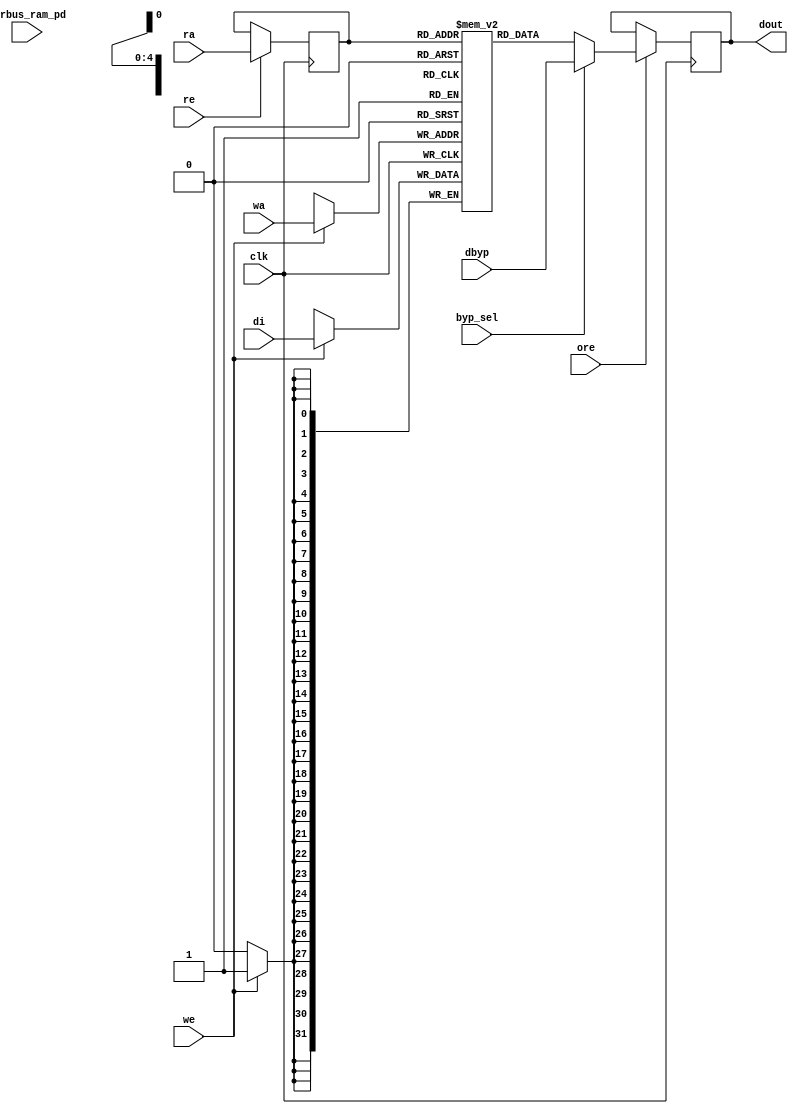

module nv_ram_rwsthp_19x32 ( 
		clk,
		ra,
		re,
		ore,
		dout,
		wa,
		we,
		di,
		byp_sel,
		dbyp,
		pwrbus_ram_pd
);

parameter FORCE_CONTENTION_ASSERTION_RESET_ACTIVE=1'b0;

// port list
input			clk;
input	[4:0]	ra;
input			re;
input			ore;
output	[31:0]	dout;
input	[4:0]	wa;
input			we;
input	[31:0]	di;
input			byp_sel;
input	[31:0]	dbyp;
input	[31:0]	pwrbus_ram_pd;

//reg and wire list
reg		[4:0]	ra_d;
wire	[31:0]	dout;
reg		[31:0]	M	[18:0];

always @( posedge clk ) begin
    if (we)
       M[wa] <= di;
end
 
always @( posedge clk ) begin
    if (re) 
       ra_d <= ra;
end

wire	[31:0]	dout_ram = M[ra_d];

wire	[31:0]	fbypass_dout_ram = (byp_sel ? dbyp : dout_ram);

reg		[31:0]	dout_r;
always @( posedge clk ) begin
   if (ore)
       dout_r <= fbypass_dout_ram;
end

assign dout = dout_r;


endmodule